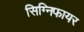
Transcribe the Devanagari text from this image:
सिग्निफायर